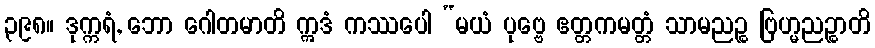
၃၉၈။ ဒုက္ကရံ, ဘော ဂေါတမာတိ ဣဒံ ကဿပေါ “မယံ ပုဗ္ဗေ ဧတ္တကမတ္တံ သာမညဉ္စ ဗြဟ္မညဉ္စာတိ